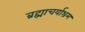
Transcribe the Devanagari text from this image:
ब्रह्माचर्याश्रम